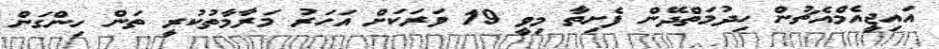
އައިޖީއެމްއެޗުން ހިދުމަތްދޭން ފެށިތާ މިވީ 19 ވަރަކަށް އަހަރު މަރާމާތުކުރީ ތަން ހިންގަން